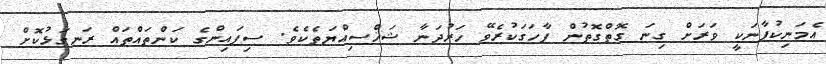
އެމަނިކުފާނަކީ ވަރަށް ގިނަ ގޮތްގޮތުން ފާހަގަކުރެވޭ ހަރުދަނާ ޝަޚްސިއްޔަތެކެވެ. ސިފައިންގެ ކަންތައްތައް ރަނގަޅުކޮށް